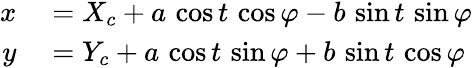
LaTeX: \begin{array}{rl}{x}&{{}=X_{c}+a\, \cos t\, \cos\varphi-b\, \sin t\, \sin\varphi}\\ {y}&{{}=Y_{c}+a\, \cos t\, \sin\varphi+b\, \sin t\, \cos\varphi}\end{array}